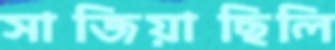
সাজিয়াছিলি